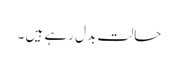
حالت بدل رہے ہیں ۔